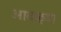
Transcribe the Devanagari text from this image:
आवळ्या